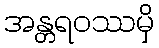
အန္တရဝဿမှိ